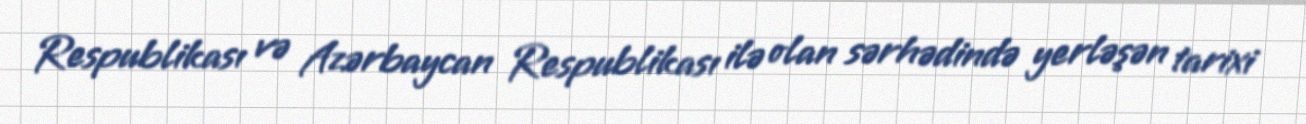
Respublikası və Azərbaycan Respublikası ilə olan sərhədində yerləşən tarixi